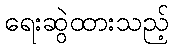
ရေးဆွဲထားသည့်